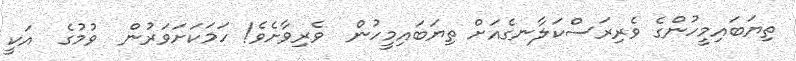
ތިޔަބައިމީހުންގެ ވެރިރަސްކަލާނގެއަށް ތިޔަބައިމީހުން  ވެރިވާށެވެ! ހަމަކަށަވަރުން  ވުމުގެ  އަކީ